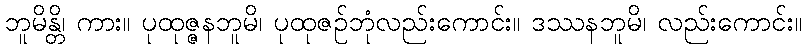
ဘူမိန္တိ၊ ကား။ ပုထုဇ္ဇနဘူမိ၊ ပုထုဇဉ်ဘုံလည်းကောင်း။ ဒဿနဘူမိ၊ လည်းကောင်း။